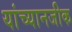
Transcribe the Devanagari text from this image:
यांच्यानजीक